Jaan_Tonisson_(Lasteleht), lk 145
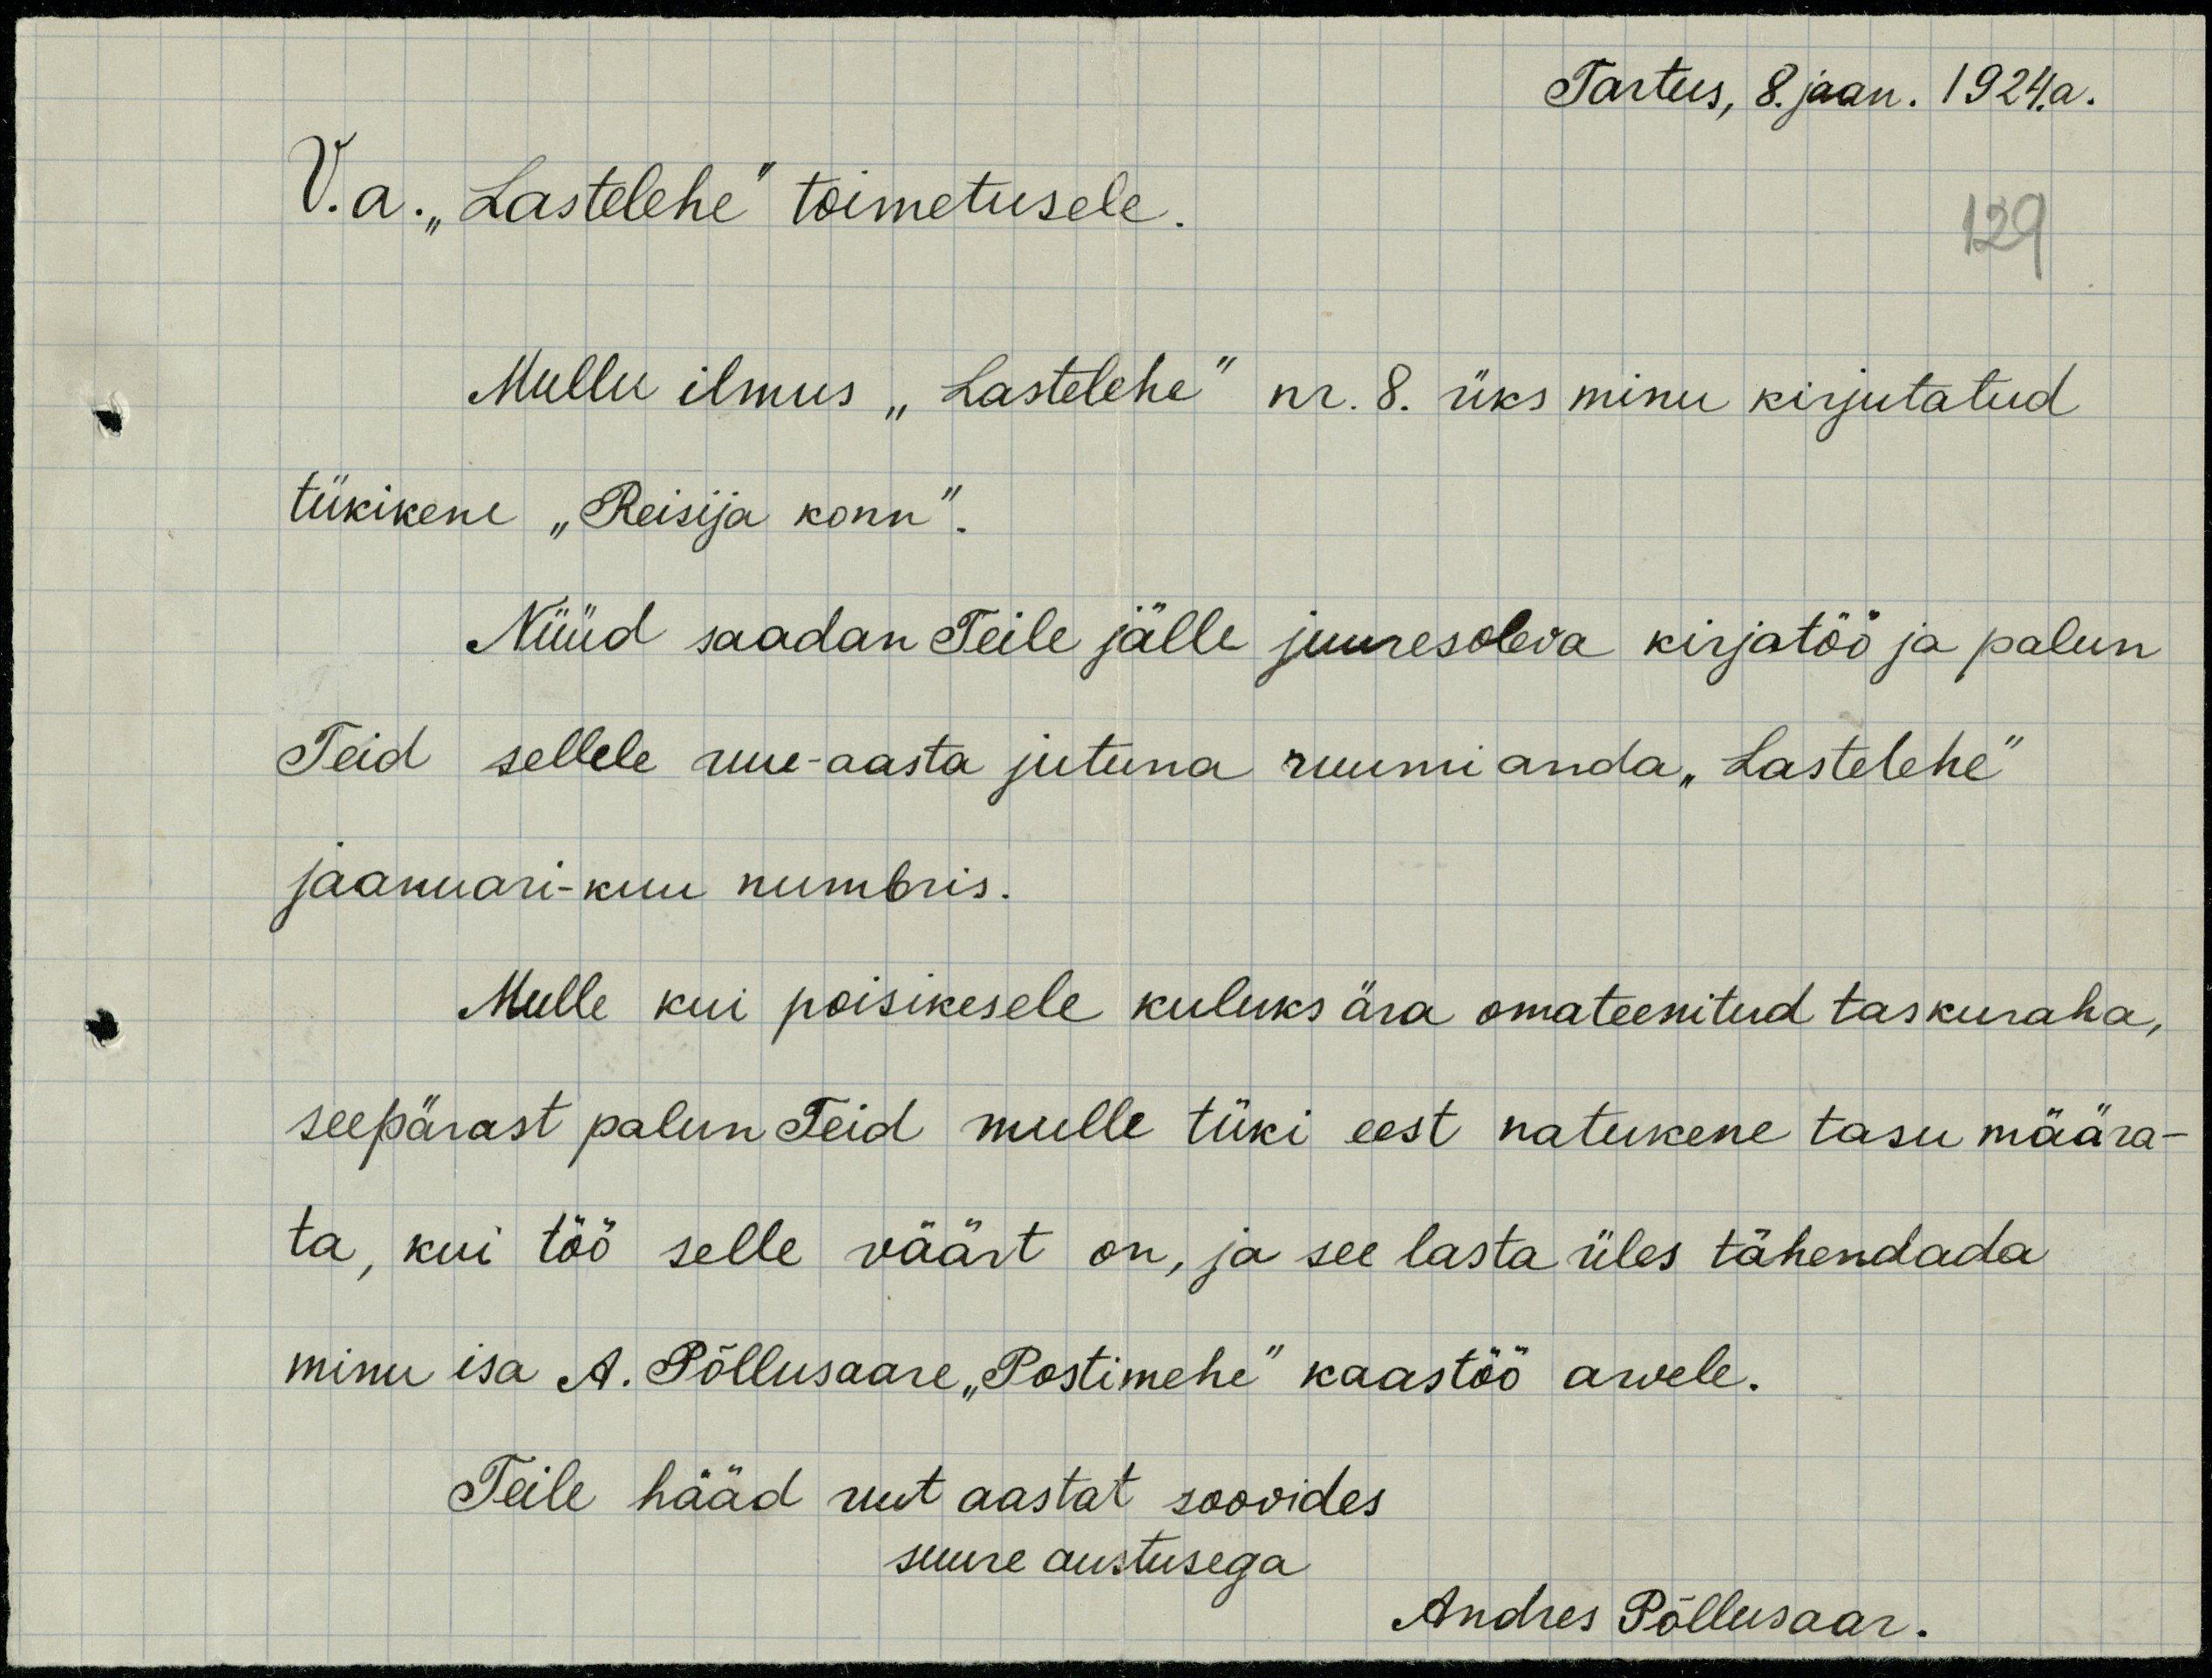
Tartus, 8. jaan. 1924.a.
V.a. „Lastelehe“ toimetusele.
129
Mullu ilmus „Lastelehe“ nr. 8. üks minu kirjutatud
tükikene „Reisija konn“.
Nüüd saadan Teile jälle juuresoleva kirjatöö ja palun
Teid sellele uue-aasta jutuna ruumi anda „Lastelehe“
jaanuari-kuu numbris.
Mulle kui poisikesele kuluks ära omateenitud taskuraha,
seepärast palun Teid mulle tüki eest natukene tasu määra-
ta, kui töö selle väärt on, ja see lasta üles tähendada
minu isa A. Põllusaare „Postimehe“ kaastöö arvele.
Teile hääd uut aastat soovides
suure austusega
Andres Põllusaar.